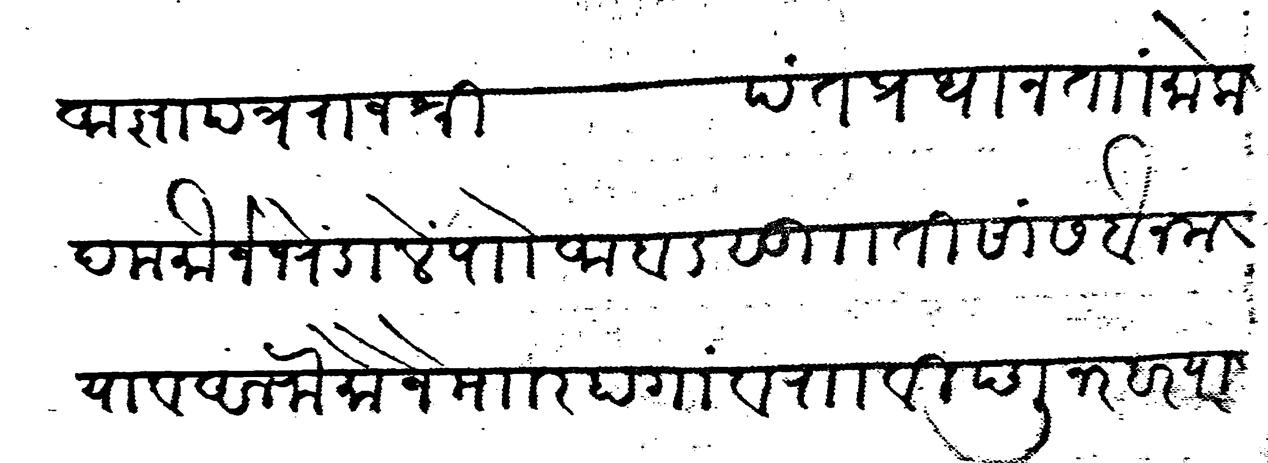
Transliteration (Devanagari): आज्ञापत्र राजश्री पंतप्रधान ता मोकदम मौजे भेंडाले पाो अबड सु तीसां सबैन मया व अलफ मौजे माार हा गांव रा विष्णु नरहर याज